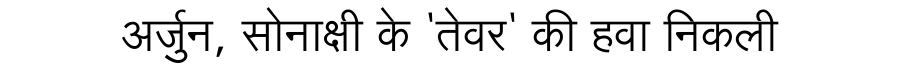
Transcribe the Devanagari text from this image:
अर्जुन, सोनाक्षी के 'तेवर' की हवा निकली